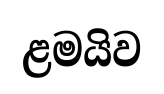
ළමයිව